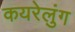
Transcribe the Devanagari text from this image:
कयरेलुंग